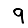
Digit: 9